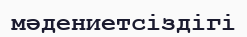
мәдениетсіздігі